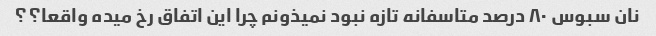
نان سبوس ٨٠ درصد متاسفانه تازه نبود نمیذونم چرا این اتفاق رخ میده واقعا؟؟